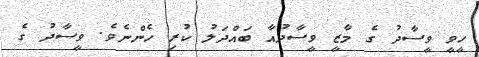
ހީވީ ވީސާދު ގެ މާޒީ ވީސާދުއާ ބައްދަލު ކުރި ހެންނެވެ. ވީސާދު ގެ